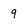
Character: 9